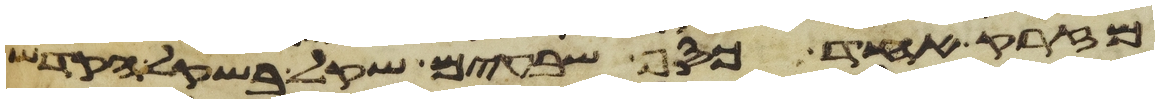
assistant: מזרק אחד כסף שבעים שקל בשקל הקדש